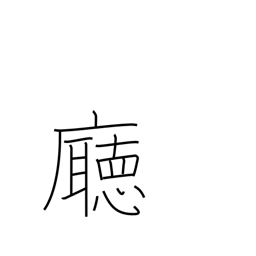
Meaning: government office